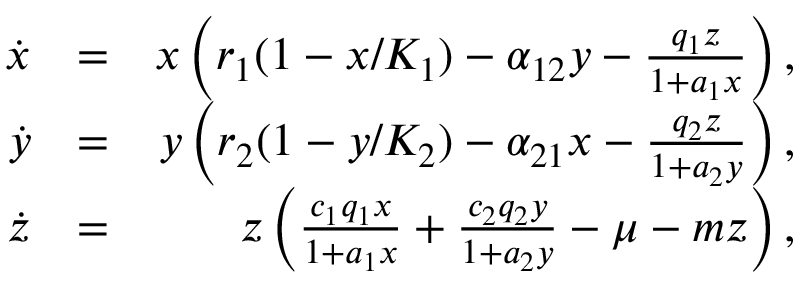
\begin{array} { r l r } { \dot { x } } & { = } & { x \left( r _ { 1 } ( 1 - x / K _ { 1 } ) - \alpha _ { 1 2 } y - \frac { q _ { 1 } z } { 1 + a _ { 1 } x } \right) , } \\ { \dot { y } } & { = } & { y \left( r _ { 2 } ( 1 - y / K _ { 2 } ) - \alpha _ { 2 1 } x - \frac { q _ { 2 } z } { 1 + a _ { 2 } y } \right) , } \\ { \dot { z } } & { = } & { z \left( \frac { c _ { 1 } q _ { 1 } x } { 1 + a _ { 1 } x } + \frac { c _ { 2 } q _ { 2 } y } { 1 + a _ { 2 } y } - \mu - m z \right) , } \end{array}